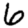
Digit: 6